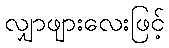
လျှာဖျားလေးဖြင့်